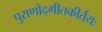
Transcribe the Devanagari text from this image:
पुराणोद्गीतकीर्तयः